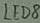
Text: LED8